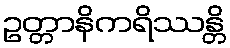
ဥတ္တာနိကရိဿန္တိ